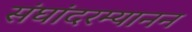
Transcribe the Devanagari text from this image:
संघांदरम्यानन